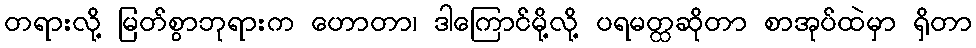
တရားလို့ မြတ်စွာဘုရားက ဟောတာ၊ ဒါကြောင်မို့လို့ ပရမတ္ထဆိုတာ စာအုပ်ထဲမှာ ရှိတာ